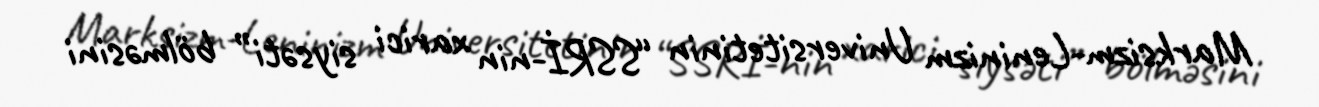
Marksizm-Leninizm Universitetinin “SSRİ-nin xarici siysəti” bölməsini